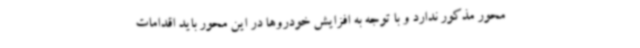
محور مذکور ندارد و با توجه به افزایش خودروها در این محور باید اقدامات